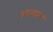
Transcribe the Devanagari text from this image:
आम्‍हाला